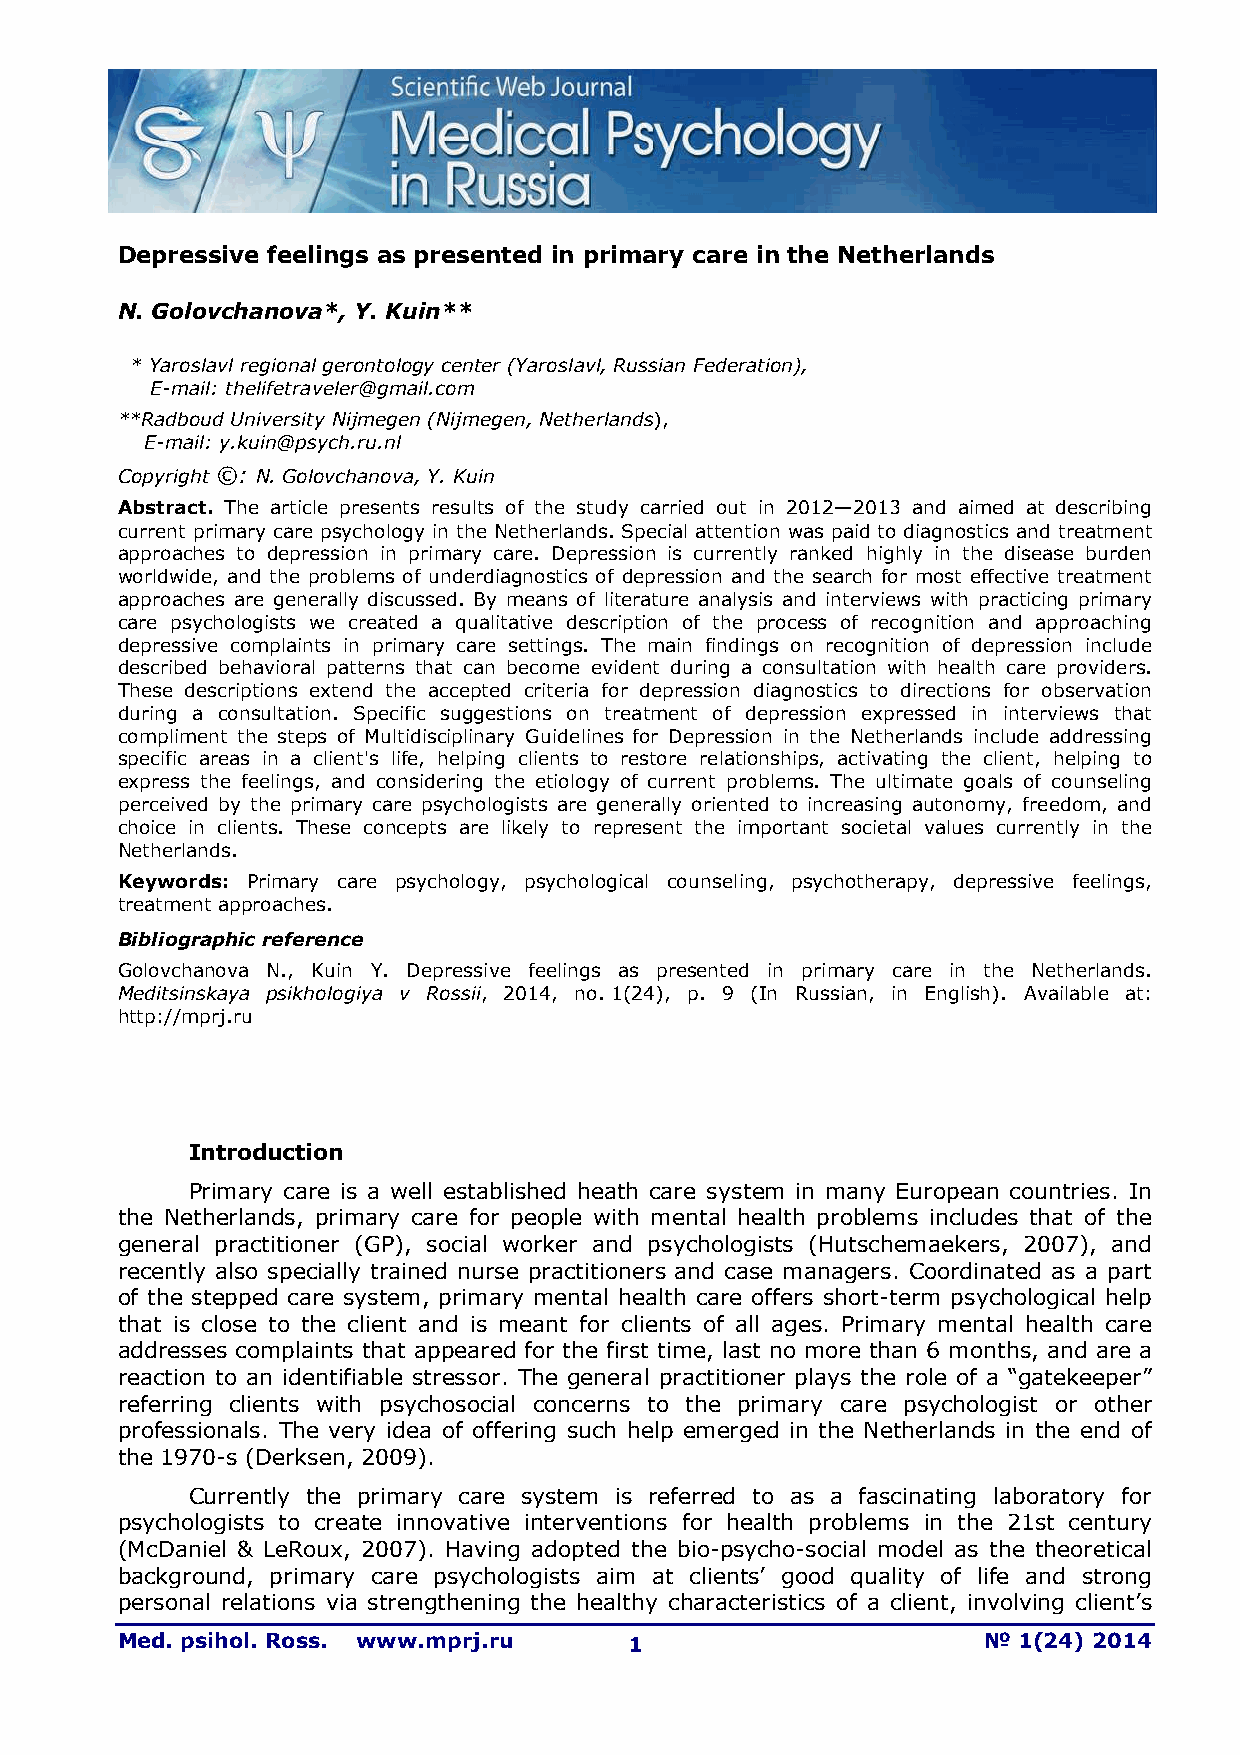
Depressive feelings as presented in primary care in the Netherlands
 N. Golovchanova*, Y. Kuin**
 * Yaroslavl regional gerontology center (Yaroslavl, Russian Federation),
 E-mail: thelifetraveler@gmail.com
 **Radboud University Nijmegen (Nijmegen, Netherlands),
 E-mail: y.kuin@psych.ru.nl
 Copyright ©: N. Golovchanova, Y. Kuin
 Abstract. The article presents results of the study carried out in 2012—2013 and aimed at describing
 current primary care psychology in the Netherlands. Special attention was paid to diagnostics and treatment
 approaches to depression in primary care. Depression is currently ranked highly in the disease burden
 worldwide, and the problems of underdiagnostics of depression and the search for most effective treatment
 approaches are generally discussed. By means of literature analysis and interviews with practicing primary
 care psychologists we created a qualitative description of the process of recognition and approaching
 depressive complaints in primary care settings. The main findings on recognition of depression include
 described behavioral patterns that can become evident during a consultation with health care providers.
 These descriptions extend the accepted criteria for depression diagnostics to directions for observation
 during a consultation. Specific suggestions on treatment of depression expressed in interviews that
 compliment the steps of Multidisciplinary Guidelines for Depression in the Netherlands include addressing
 specific areas in a client's life, helping clients to restore relationships, activating the client, helping to
 express the feelings, and considering the etiology of current problems. The ultimate goals of counseling
 perceived by the primary care psychologists are generally oriented to increasing autonomy, freedom, and
 choice in clients. These concepts are likely to represent the important societal values currently in the
 Netherlands.
 Keywords: Primary care psychology, psychological counseling, psychotherapy, depressive feelings,
 treatment approaches.
 Bibliographic reference
 Golovchanova N., Kuin Y. Depressive feelings as presented in primary care in the Netherlands.
 Meditsinskaya psikhologiya v Rossii, 2014, no. 1(24), p. 9 (In Russian, in English). Available at:
 http://mprj.ru
 Introduction
 Primary care is a well established heath care system in many European countries. In
 the Netherlands, primary care for people with mental health problems includes that of the
 general practitioner (GP), social worker and psychologists (Hutschemaekers, 2007), and
 recently also specially trained nurse practitioners and case managers. Coordinated as a part
 of the stepped care system, primary mental health care offers short-term psychological help
 that is close to the client and is meant for clients of all ages. Primary mental health care
 addresses complaints that appeared for the first time, last no more than 6 months, and are a
 reaction to an identifiable stressor. The general practitioner plays the role of a “gatekeeper”
 referring clients with psychosocial concerns to the primary care psychologist or other
 professionals. The very idea of offering such help emerged in the Netherlands in the end of
 the 1970-s (Derksen, 2009).
 Currently the primary care system is referred to as a fascinating laboratory for
 psychologists to create innovative interventions for health problems in the 21st century
 (McDaniel & LeRoux, 2007). Having adopted the bio-psycho-social model as the theoretical
 background, primary care psychologists aim at clients’ good quality of life and strong
 personal relations via strengthening the healthy characteristics of a client, involving client’s
 Med. psihol. Ross. www.mprj.ru    1                      № 1(24) 2014